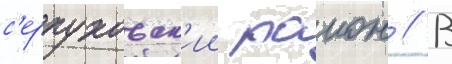
с'ерпуховск'ии раион // В